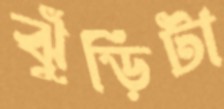
ঝুঁড়িটা